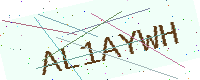
Text: AL1AYWH